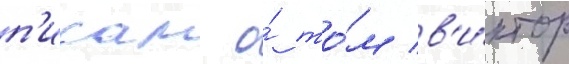
п'исал о́ то́м в'и́ктор